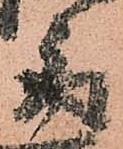
取